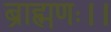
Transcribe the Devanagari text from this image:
ब्राह्मणः।।